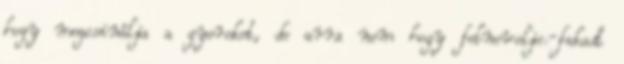
hogy megcsinálja a gyereket, de arra nem hogy felnevelje.-fakadt